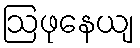
ဩဖုနေယျ